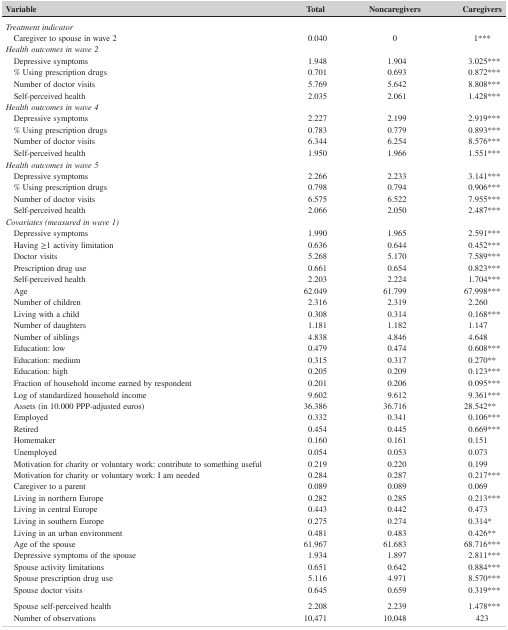
<table><thead><tr><td><b>Variable</b></td><td><b>Total</b></td><td><b>Noncaregivers</b></td><td><b>Caregivers</b></td></tr></thead><tbody><tr><td colspan="4"><i>Treatment indicator</i></td></tr><tr><td>Caregiver to spouse in wave 2</td><td>0.040</td><td>0</td><td>1***</td></tr><tr><td colspan="4"><i>Health outcomes in wave 2</i></td></tr><tr><td>Depressive symptoms</td><td>1.948</td><td>1.904</td><td>3.025***</td></tr><tr><td>% Using prescription drugs</td><td>0.701</td><td>0.693</td><td>0.872***</td></tr><tr><td>Number of doctor visits</td><td>5.769</td><td>5.642</td><td>8.808***</td></tr><tr><td>Self‐perceived health</td><td>2.035</td><td>2.061</td><td>1.428***</td></tr><tr><td colspan="4"><i>Health outcomes in wave 4</i></td></tr><tr><td>Depressive symptoms</td><td>2.227</td><td>2.199</td><td>2.919***</td></tr><tr><td>% Using prescription drugs</td><td>0.783</td><td>0.779</td><td>0.893***</td></tr><tr><td>Number of doctor visits</td><td>6.344</td><td>6.254</td><td>8.576***</td></tr><tr><td>Self‐perceived health</td><td>1.950</td><td>1.966</td><td>1.551***</td></tr><tr><td colspan="4"><i>Health outcomes in wave 5</i></td></tr><tr><td>Depressive symptoms</td><td>2.266</td><td>2.233</td><td>3.141***</td></tr><tr><td>% Using prescription drugs</td><td>0.798</td><td>0.794</td><td>0.906***</td></tr><tr><td>Number of doctor visits</td><td>6.575</td><td>6.522</td><td>7.955***</td></tr><tr><td>Self‐perceived health</td><td>2.066</td><td>2.050</td><td>2.487***</td></tr><tr><td colspan="4"><i>Covariates (measured in wave 1)</i></td></tr><tr><td>Depressive symptoms</td><td>1.990</td><td>1.965</td><td>2.591***</td></tr><tr><td>Having ≥1 activity limitation</td><td>0.636</td><td>0.644</td><td>0.452***</td></tr><tr><td>Doctor visits</td><td>5.268</td><td>5.170</td><td>7.589***</td></tr><tr><td>Prescription drug use</td><td>0.661</td><td>0.654</td><td>0.823***</td></tr><tr><td>Self‐perceived health</td><td>2.203</td><td>2.224</td><td>1.704***</td></tr><tr><td>Age</td><td>62.049</td><td>61.799</td><td>67.998***</td></tr><tr><td>Number of children</td><td>2.316</td><td>2.319</td><td>2.260</td></tr><tr><td>Living with a child</td><td>0.308</td><td>0.314</td><td>0.168***</td></tr><tr><td>Number of daughters</td><td>1.181</td><td>1.182</td><td>1.147</td></tr><tr><td>Number of siblings</td><td>4.838</td><td>4.846</td><td>4.648</td></tr><tr><td>Education: low</td><td>0.479</td><td>0.474</td><td>0.608***</td></tr><tr><td>Education: medium</td><td>0.315</td><td>0.317</td><td>0.270**</td></tr><tr><td>Education: high</td><td>0.205</td><td>0.209</td><td>0.123***</td></tr><tr><td>Fraction of household income earned by respondent</td><td>0.201</td><td>0.206</td><td>0.095***</td></tr><tr><td>Log of standardized household income</td><td>9.602</td><td>9.612</td><td>9.361***</td></tr><tr><td>Assets (in 10.000 PPP‐adjusted euros)</td><td>36.386</td><td>36.716</td><td>28.542**</td></tr><tr><td>Employed</td><td>0.332</td><td>0.341</td><td>0.106***</td></tr><tr><td>Retired</td><td>0.454</td><td>0.445</td><td>0.669***</td></tr><tr><td>Homemaker</td><td>0.160</td><td>0.161</td><td>0.151</td></tr><tr><td>Unemployed</td><td>0.054</td><td>0.053</td><td>0.073</td></tr><tr><td>Motivation for charity or voluntary work: contribute to something useful</td><td>0.219</td><td>0.220</td><td>0.199</td></tr><tr><td>Motivation for charity or voluntary work: I am needed</td><td>0.284</td><td>0.287</td><td>0.217***</td></tr><tr><td>Caregiver to a parent</td><td>0.089</td><td>0.089</td><td>0.069</td></tr><tr><td>Living in northern Europe</td><td>0.282</td><td>0.285</td><td>0.213***</td></tr><tr><td>Living in central Europe</td><td>0.443</td><td>0.442</td><td>0.473</td></tr><tr><td>Living in southern Europe</td><td>0.275</td><td>0.274</td><td>0.314*</td></tr><tr><td>Living in an urban environment</td><td>0.481</td><td>0.483</td><td>0.426**</td></tr><tr><td>Age of the spouse</td><td>61.967</td><td>61.683</td><td>68.716***</td></tr><tr><td>Depressive symptoms of the spouse</td><td>1.934</td><td>1.897</td><td>2.811***</td></tr><tr><td>Spouse activity limitations</td><td>0.651</td><td>0.642</td><td>0.884***</td></tr><tr><td>Spouse prescription drug use</td><td>5.116</td><td>4.971</td><td>8.570***</td></tr><tr><td>Spouse doctor visits</td><td>0.645</td><td>0.659</td><td>0.319***</td></tr><tr><td>Spouse self‐perceived health</td><td>2.208</td><td>2.239</td><td>1.478***</td></tr><tr><td>Number of observations[Link]</td><td>10,471</td><td>10,048</td><td>423</td></tr></tbody></table>